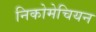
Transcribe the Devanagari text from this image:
निकोमेचियन